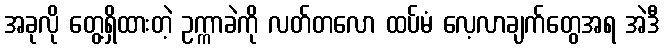
အခုလို တွေ့ရှိထားတဲ့ ဥက္ကာခဲကို လတ်တလော ထပ်မံ လေ့လာချက်တွေအရ အဲဒီ